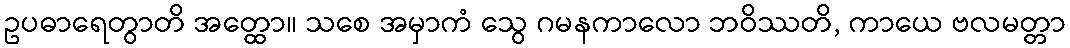
ဥပဓာရေတွာတိ အတ္ထော။ သစေ အမှာကံ သွေ ဂမနကာလော ဘဝိဿတိ, ကာယေ ဗလမတ္တာ